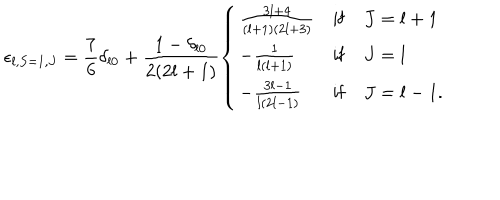
\epsilon _ { l , S = 1 , J } = \frac { 7 } { 6 } \delta _ { l 0 } + \frac { 1 - \delta _ { l 0 } } { 2 ( 2 l + 1 ) } \left\{ \begin{array} { l c l } { { \frac { 3 l + 4 } { ( l + 1 ) ( 2 l + 3 ) } } } & { { \mathrm { i f } } } & { { J = l + 1 } } \\ { { - \frac { 1 } { l ( l + 1 ) } } } & { { \mathrm { i f } } } & { { J = l } } \\ { { - \frac { 3 l - 1 } { l ( 2 l - 1 ) } } } & { { \mathrm { i f } } } & { { J = l - 1 . } } \\ \end{array} \right.